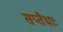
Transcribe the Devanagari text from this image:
सप्तैधाः